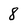
Character: 8